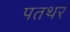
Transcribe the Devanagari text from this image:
पतथर